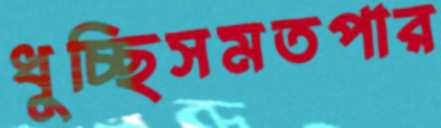
ধুচ্ছিসমতপার